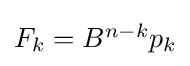
{\textstyle F_{k}=B^{n-k}p_{k}}